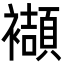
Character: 襭